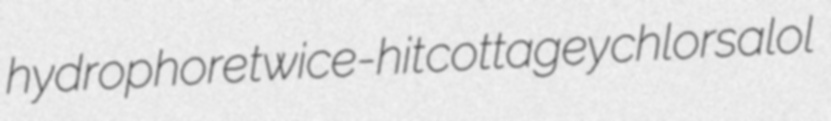
hydrophore twice-hit cottagey chlorsalol